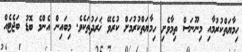
ހިމާޔަތްކުރުމާއި މިނޫނަސް ތިމާވެށި ހިމާޔަތްކުރުމަށް ކުރެވޭ ޚަރަދުތަކެވެ. މިބައިން އެންމެ ބޮޑު ބަޖެޓެއް